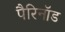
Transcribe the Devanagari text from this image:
पैरिनॉड